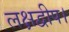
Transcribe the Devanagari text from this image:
लक्षद्वीप।